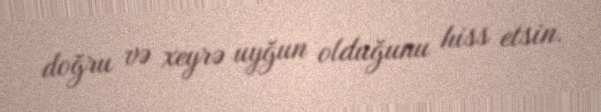
doğru və xeyrə uyğun olduğunu hiss etsin.